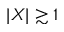
\lvert X \rvert \gtrsim 1